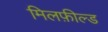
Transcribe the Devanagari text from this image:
मिलफ़ील्ड